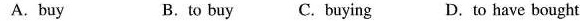
A.buy B.to buy c. buying D.to have bought